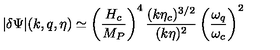
| \delta \Psi | ( k , q , \eta ) \simeq \left( \frac { H _ { c } } { M _ { P } } \right) ^ { 4 } \frac { ( k \eta _ { c } ) ^ { 3 / 2 } } { ( k \eta ) ^ { 2 } } \left( \frac { \omega _ { q } } { \omega _ { c } } \right) ^ { 2 }